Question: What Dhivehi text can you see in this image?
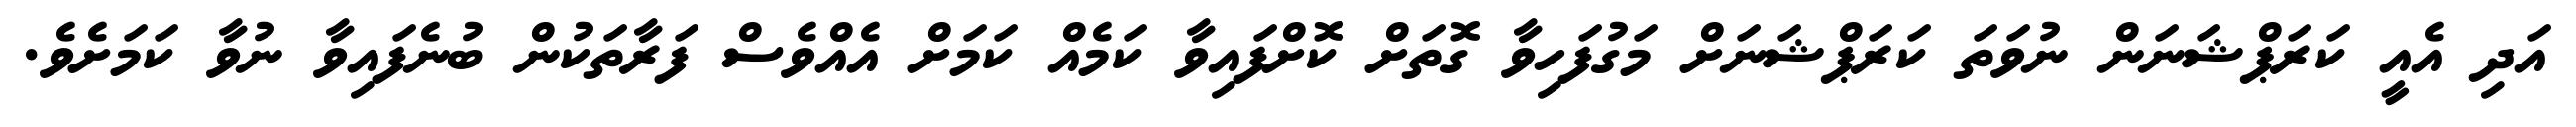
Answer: އަދި އެއީ ކަރަޕްޝަނަން ނުވަތަ ކަރަޕްޝަނަށް މަގުފަހިވާ ގޮތަށް ކޮށްފައިވާ ކަމެއް ކަމަށް އެއްވެސް ފަރާތަކުން ބުނެފައިވާ ނުވާ ކަމަށެވެ.